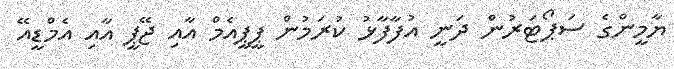
ޔާމީންގެ ސަޕޯޓަރުން ދަނީ އުފާފާޅު ކުރަމުން ޕީޕީއެމް އާއި ޖޭޕީ އާއި އެމްޑީއޭ